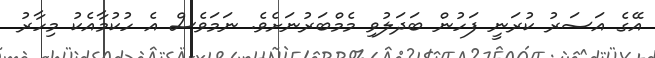
އޭގެ އަސަރު ކުރަނީ ފަހުން ބަދަލުވި މެމްބަރުނަށެވެ. ނަމަވެސް އެ ހުކުމާއެކު މިހާރު